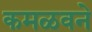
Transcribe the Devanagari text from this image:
कमळवने